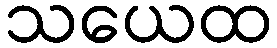
သယေထ